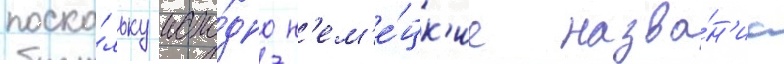
поско́льку исхо́дно н'ем'е́цк'ие назва́н'иа